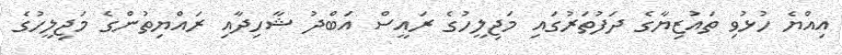
އިއްޔެ ހުޅުވި ތައުޒިޔާގެ ދަފުތަރުގައި މަޖިލީހުގެ ރައީސް އަބްދު ޝާހިދާއި ރައްޔިތުންގެ މަޖިލީހުގެ